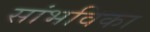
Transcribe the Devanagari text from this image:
सांभविका